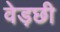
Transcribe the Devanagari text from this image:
वेड़छी